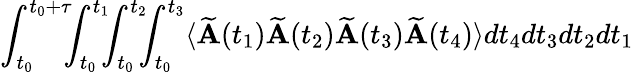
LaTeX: \int_{t_{0}}^{t_{0}+\tau}\! \! \! \int_{t_{0}}^{t_{1}}\! \! \! \int_{t_{0}}^{t_{2}}\! \! \! \int_{t_{0}}^{t_{3}}\langle\mathbf{\widetilde{A}}(t_{1})\mathbf{\widetilde{A}}(t_{2})\mathbf{\widetilde{A}}(t_{3})\mathbf{\widetilde{A}}(t_{4})\rangle dt_{4}dt_{3}dt_{2}dt_{1}